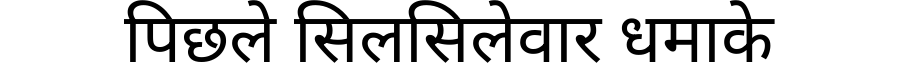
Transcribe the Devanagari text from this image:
पिछले सिलसिलेवार धमाके